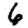
Digit: 6